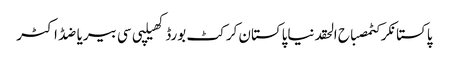
پاکستانکرکٹمصباح الحقدنیاپاکستان کرکٹ بورڈکھیلپی سی بیریاضڈاکٹر